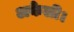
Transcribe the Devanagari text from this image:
अकेली।